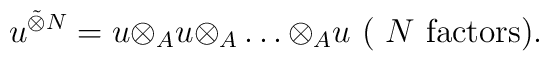
u^{\tilde{\otimes}N}=u{\otimes}_{A}u{\otimes}_{A} \ldots{\otimes}_{A}u ~(~N \rm{~factors}).